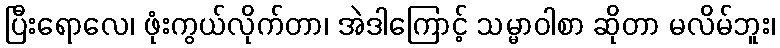
ပြီးရောလေ၊ ဖုံးကွယ်လိုက်တာ၊ အဲဒါကြောင့် သမ္မာဝါစာ ဆိုတာ မလိမ်ဘူး၊